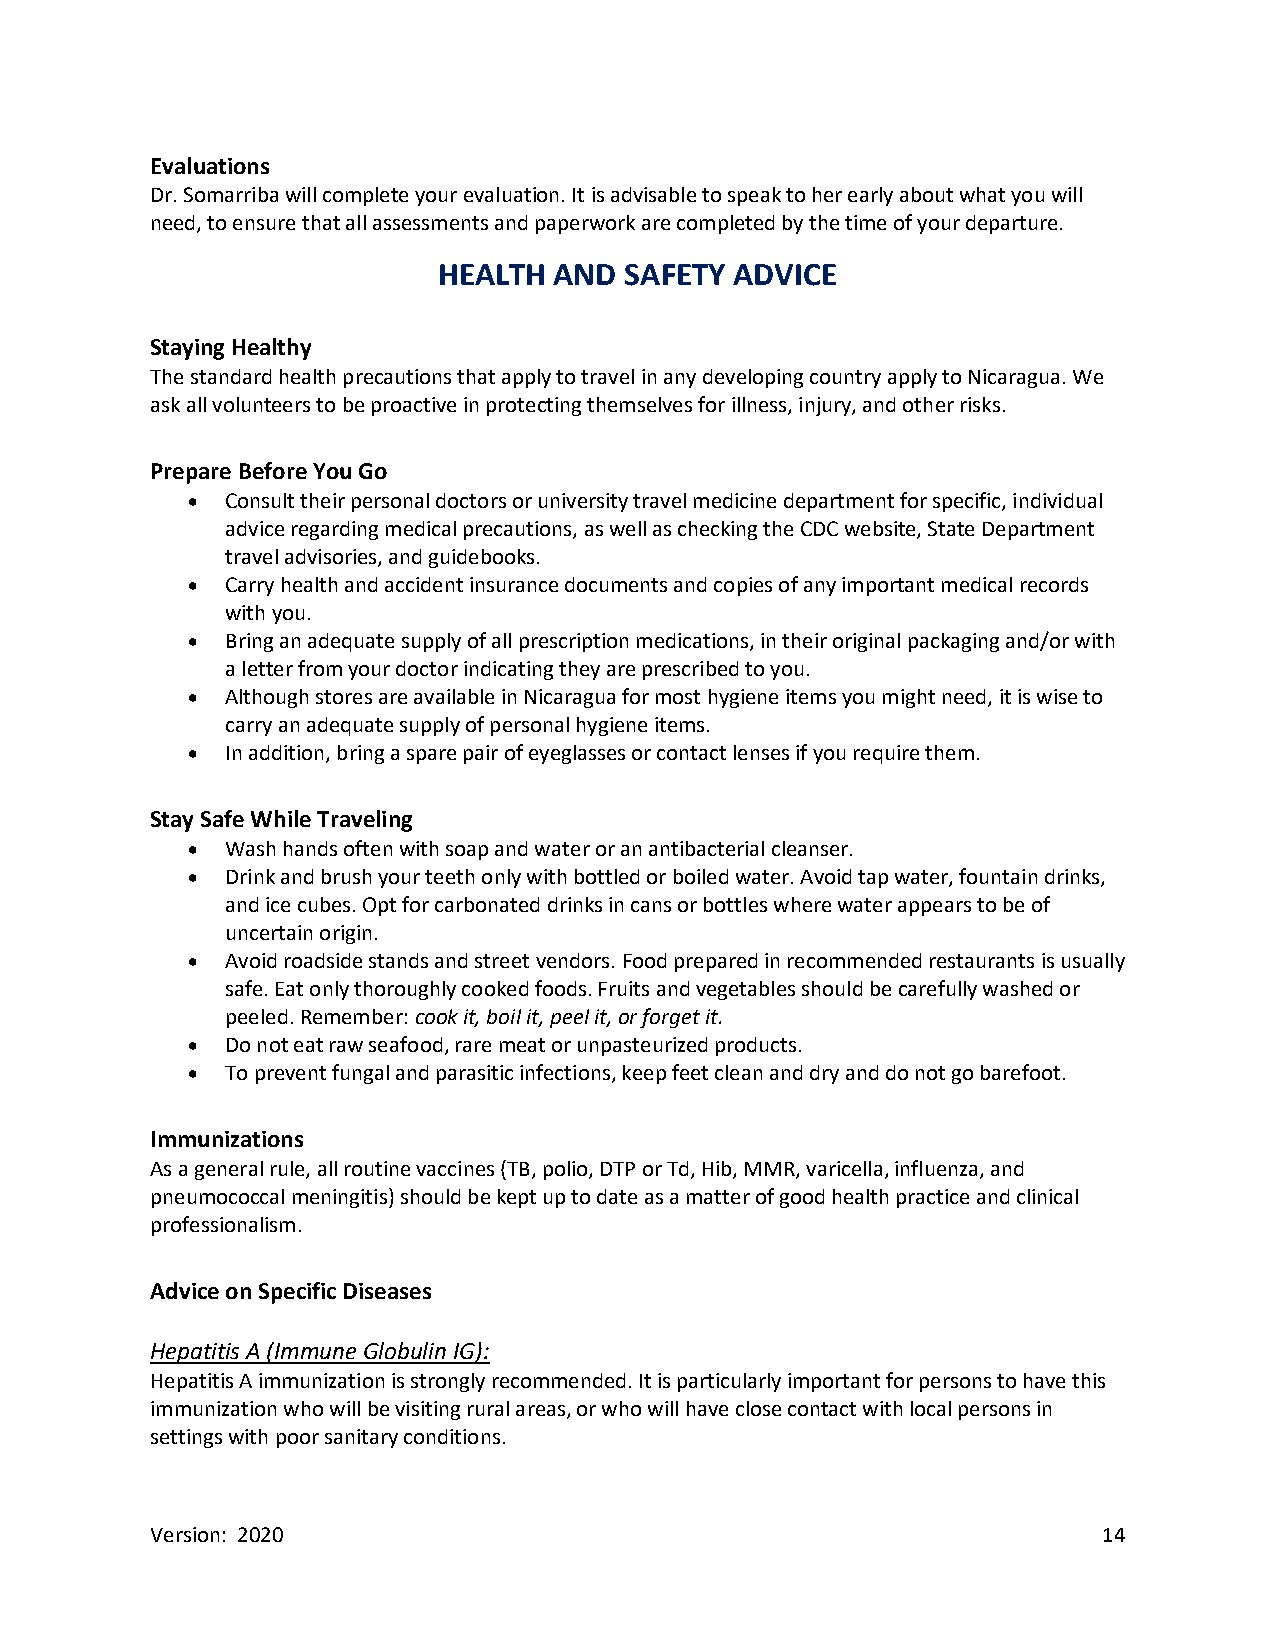
Evaluations
 Dr. Somarriba will complete your evaluation. It is advisable to speak to her early about what you will
 need, to ensure that all assessments and paperwork are completed by the time of your departure.
 HEALTH  AND SAFETY  ADVICE
 Staying Healthy
 The standard health precautions that apply to travel in any developing country apply to Nicaragua. We
 ask all volunteers to be proactive in protecting themselves for illness, injury, and other risks.
 Prepare Before You Go
 •  Consult their personal doctors or university travel medicine department for specific, individual
 advice regarding medical precautions, as well as checking the CDC website, State Department
 travel advisories, and guidebooks.
 •  Carry health and accident insurance documents and copies of any important medical records
 with you.
 •  Bring an adequate supply of all prescription medications, in their original packaging and/or with
 a letter from your doctor indicating they are prescribed to you.
 •  Although stores are available in Nicaragua for most hygiene items you might need, it is wise to
 carry an adequate supply of personal hygiene items.
 •  In addition, bring a spare pair of eyeglasses or contact lenses if you require them.
 Stay Safe While Traveling
 •  Wash hands often with soap and water or an antibacterial cleanser.
 •  Drink and brush your teeth only with bottled or boiled water. Avoid tap water, fountain drinks,
 and ice cubes. Opt for carbonated drinks in cans or bottles where water appears to be of
 uncertain origin.
 •  Avoid roadside stands and street vendors. Food prepared in recommended restaurants is usually
 safe. Eat only thoroughly cooked foods. Fruits and vegetables should be carefully washed or
 peeled. Remember: cook it, boil it, peel it, or forget it.
 •  Do not eat raw seafood, rare meat or unpasteurized products.
 •  To prevent fungal and parasitic infections, keep feet clean and dry and do not go barefoot.
 Immunizations
 As a general rule, all routine vaccines (TB, polio, DTP or Td, Hib, MMR, varicella, influenza, and
 pneumococcal meningitis) should be kept up to date as a matter of good health practice and clinical
 professionalism.
 Advice on Specific Diseases
 Hepatitis A (Immune Globulin IG):
 Hepatitis A immunization is strongly recommended. It is particularly important for persons to have this
 immunization who will be visiting rural areas, or who will have close contact with local persons in
 settings with poor sanitary conditions.
 Version: 2020                                                  14